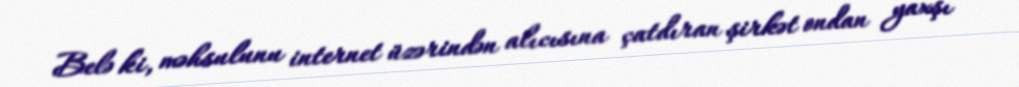
Belə ki, məhsulunu internet üzərindən alıcısına çatdıran şirkət ondan yaxşı